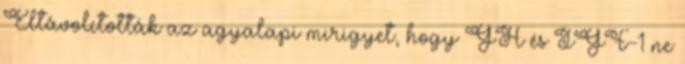
Eltávolították az agyalapi mirigyet, hogy GH és IGF-1 ne